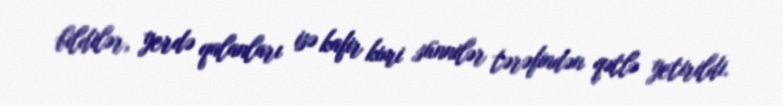
bildilər, yerdə qalanları isə kafir kimi sünnilər tərəfindən qətlə yetirildi.